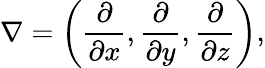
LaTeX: \nabla=\left({\frac{\partial}{\partial x}},{\frac{\partial}{\partial y}},{\frac{\partial}{\partial z}}\right),